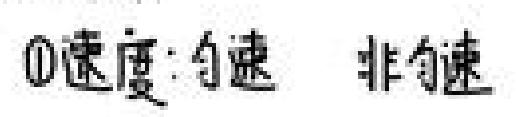
$\textcircled{1}$速度: 匀速  非匀速